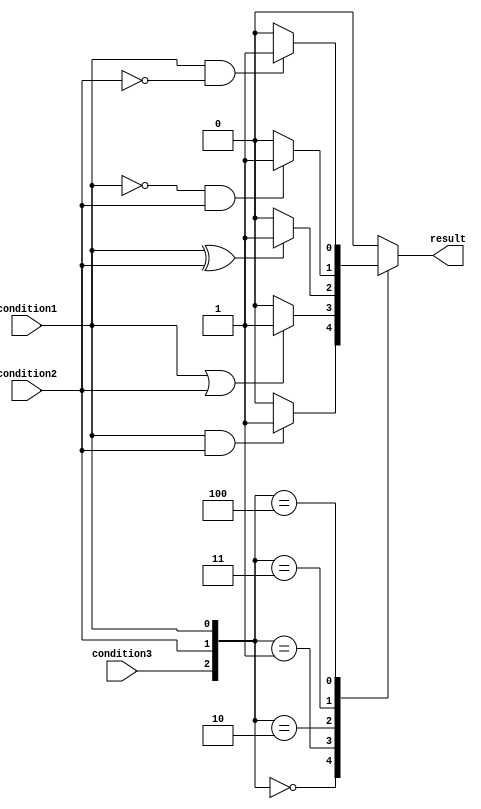
module case_if_else (
    input wire condition1,
    input wire condition2,
    input wire condition3,
    output reg result
);

always @*
begin
    case({condition3, condition2, condition1})
        3'b000: begin
            if (condition1 & condition2)
                result = 1;
            else
                result = 0;
        end
        3'b001: begin
            if (condition1 | condition2)
                result = 1;
            else
                result = 0;
        end
        3'b010: begin
            if (condition1 ^ condition2)
                result = 1;
            else
                result = 0;
        end
        3'b011: begin
            if (~condition1 & condition2)
                result = 1;
            else
                result = 0;
        end
        3'b100: begin
            if (condition1 & ~condition2)
                result = 1;
            else
                result = 0;
        end
        default: result = 0;
    endcase
end

endmodule